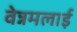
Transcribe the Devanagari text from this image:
वेन्नमलाई